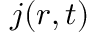
\boldsymbol { j } ( \boldsymbol { r } , t )